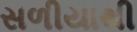
સળીયાથી